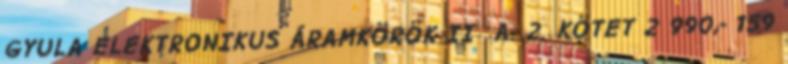
GYULA ELEKTRONIKUS ÁRAMKÖRÖK II A. 2. KÖTET 2 990,- 159